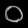
Digit: ၀